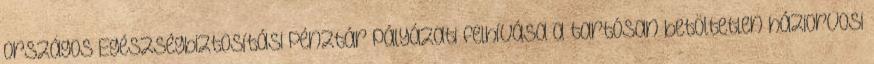
Országos Egészségbiztosítási Pénztár pályázati felhívása a tartósan betöltetlen háziorvosi